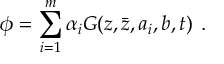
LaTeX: \phi = \sum _ { i = 1 } ^ { m } { \alpha _ { i } } G ( z , \bar { z } , a _ { i } , b , t ) \: \: .